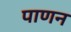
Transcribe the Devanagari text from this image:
पाणन